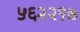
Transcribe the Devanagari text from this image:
५६२२१७